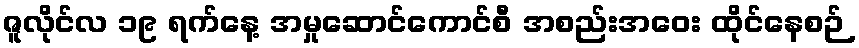
ဇူလိုင်လ ၁၉ ရက်နေ့ အမှုဆောင်ကောင်စီ အစည်းအဝေး ထိုင်နေစဉ်